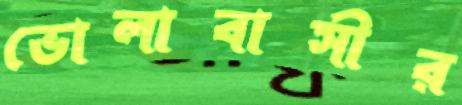
ভোলাবাসীর